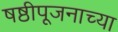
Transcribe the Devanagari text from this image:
षष्ठीपूजनाच्या